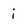
Character: i